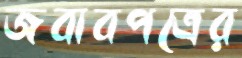
জবাবপত্রের